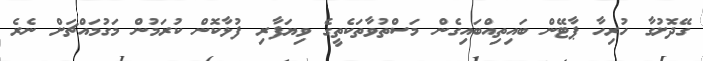
ގޭދޮށުގާ ހުރިހާ ޕާޓޭން ބައިތިއްބައިގެން މަސްތުވާތަކެތީގެ ވިޔަފާރި ފުޅާކޮން ކުރަމުން މަގުމައްޗަށް ނެރެ